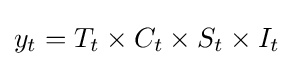
y_{t}=T_{t}\times C_{t}\times S_{t}\times I_{t}